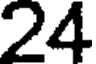
24